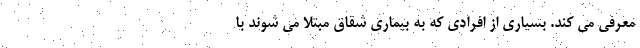
معرفی می کند. بسیاری از افرادی که به بیماری شقاق مبتلا می شوند با